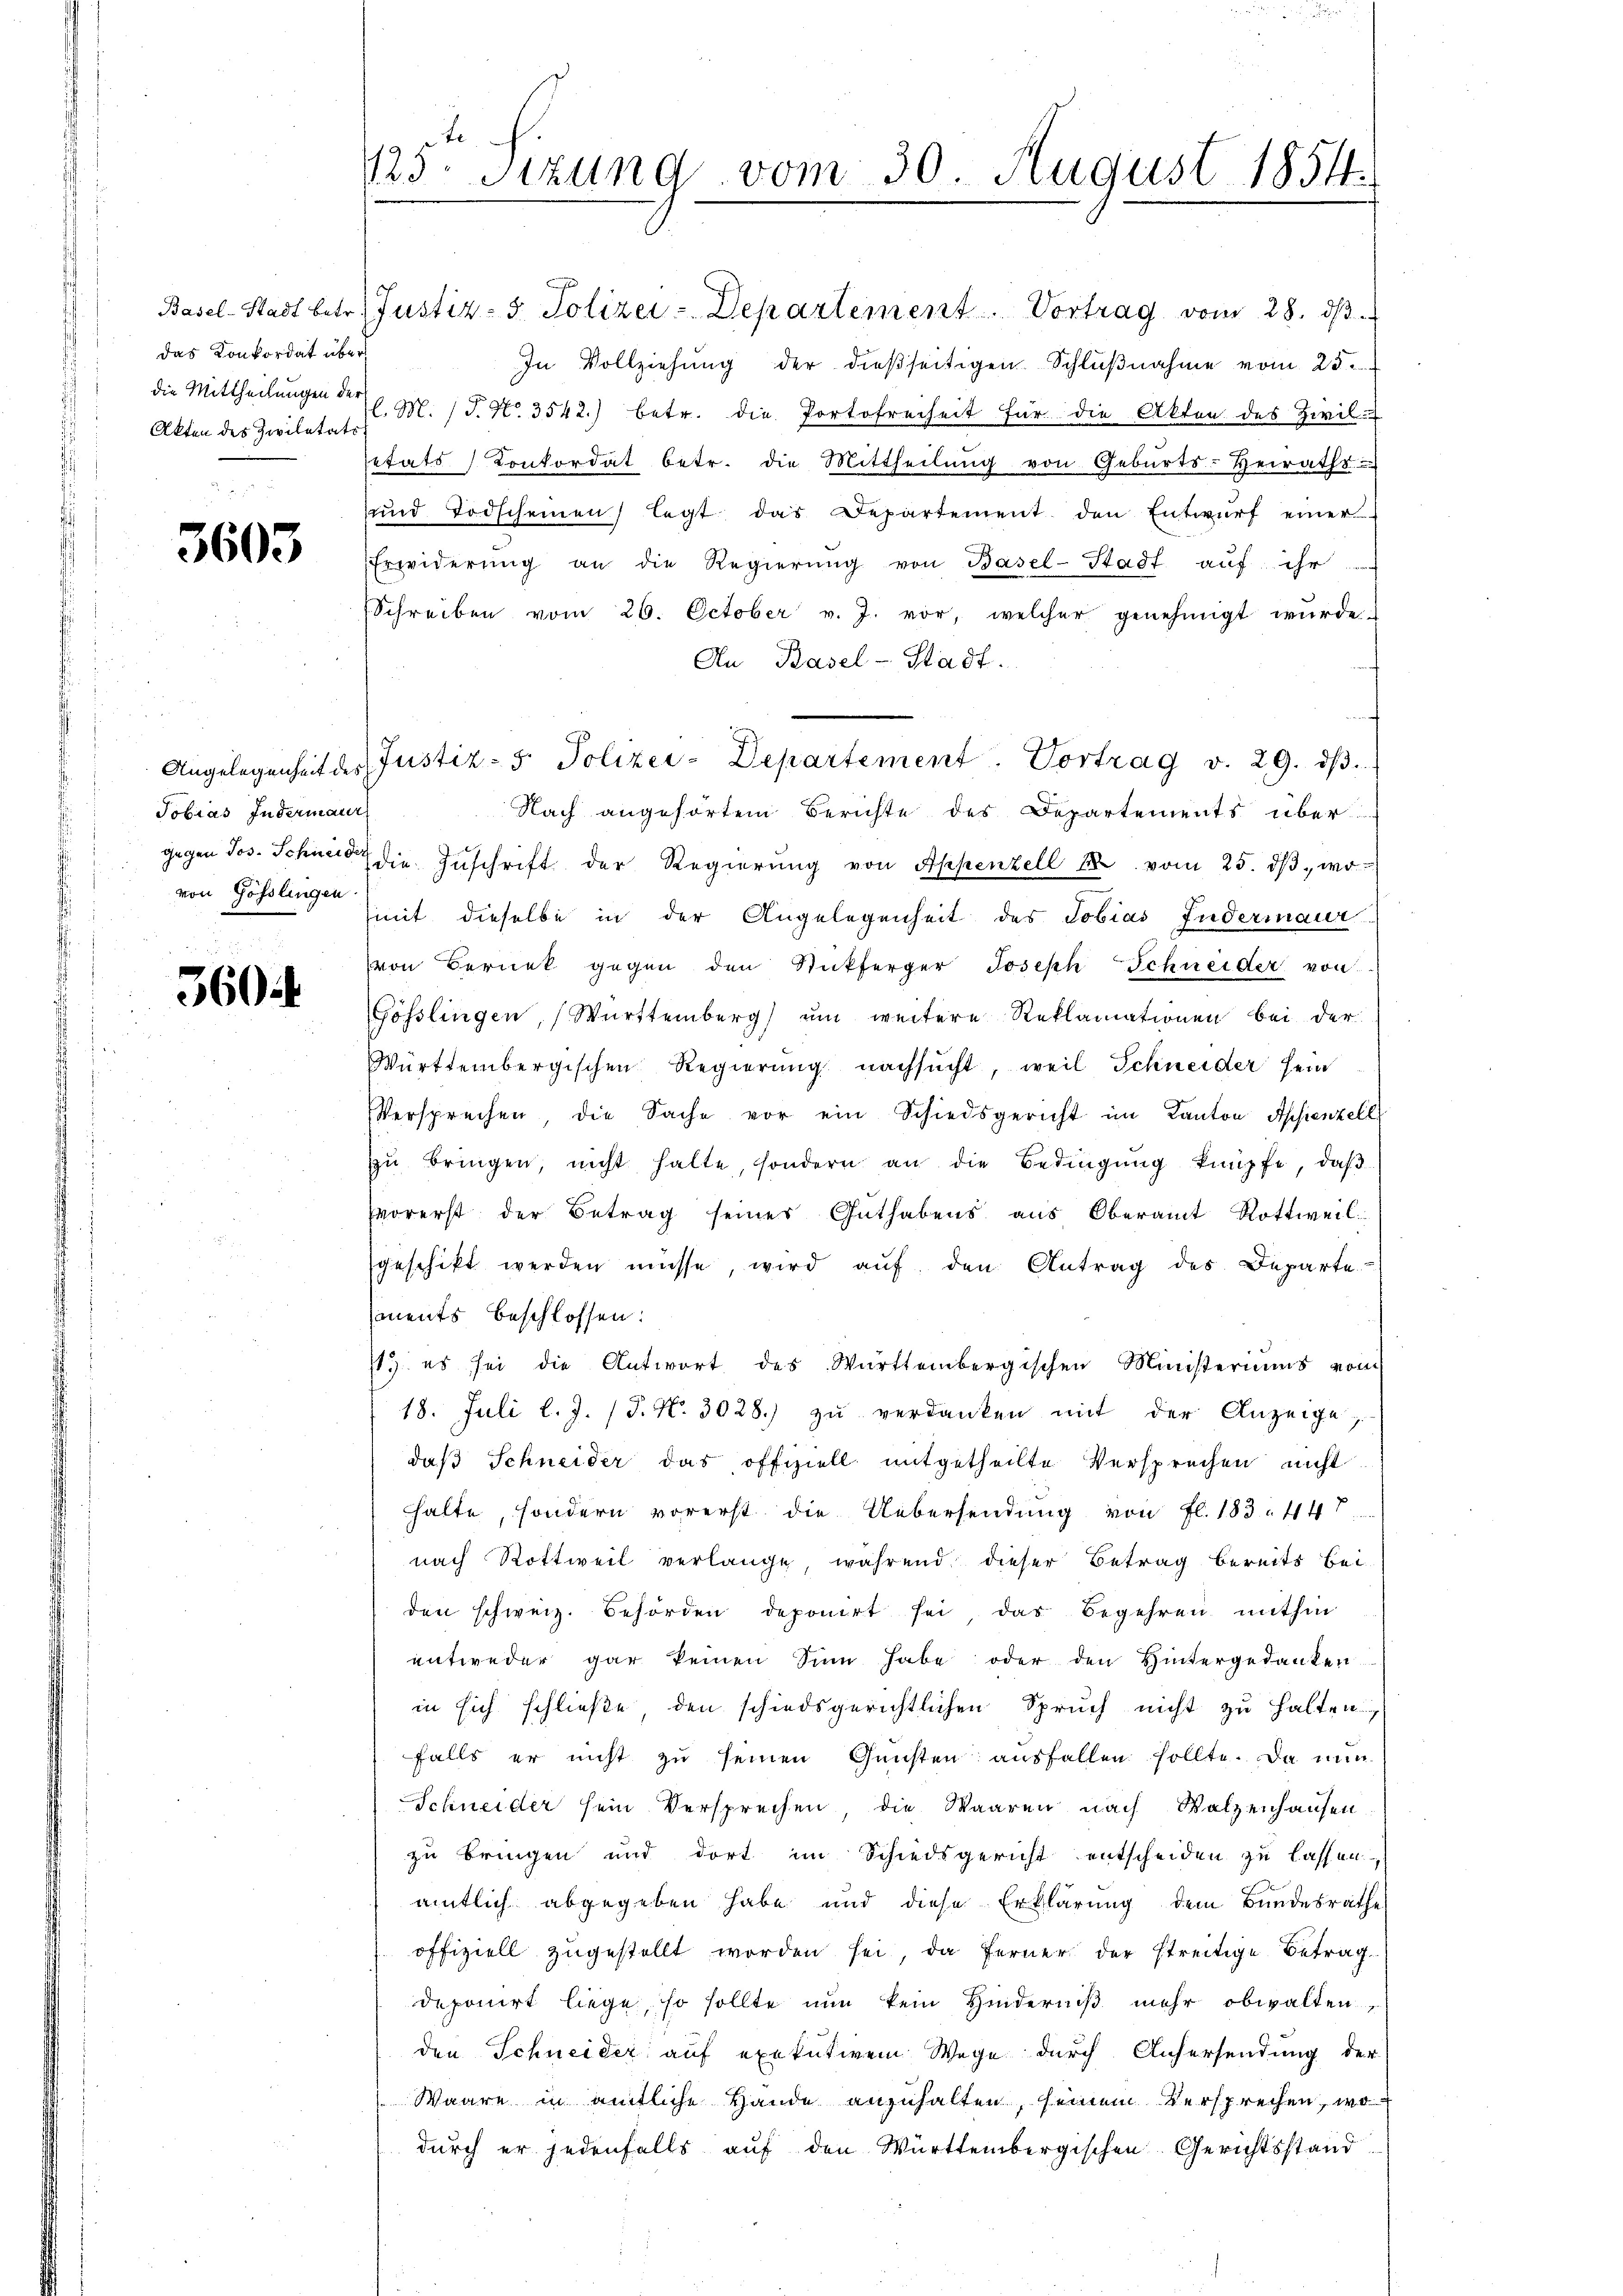
das Konkordat über
Akten des Zivilitäts

3603

Tobias Indermaur
von Gösslingen

3604

125. Sizung vom 30. August 1854.

Basel-Stadt betr. Justiz- & Polizei-Departement. Vortrag vom 28. dβ.
In Vollziehŭng der dießseitigen Schlŭβnahme vom 25.
die Mittheilungen der M. P. Nr. 3542) betr. die Portofreiheit für die Akten des Zivil-
setats Konkordat betr. die Mittheilŭng von Gebŭrts-Heiraths-
und Todscheinen legt das Departement den Entwurf einer
Erwiderŭng an die Regierŭng von Basel-Stadt auf ihr
Schreiben vom 26. October v. J. vor, welcher genehmigt wurde.
An Basel-Stadt.
Nach angehörten Berichte des Departements über
gegen Jos. Schneid die Zuschrift der Regierŭng von Appenzell 2 vom 25. dβ. wo
himit dieselbe in der Angelegenheit des Tobias Fudermaur
von Bernet gegen den Stickferger Joseph Schneider von
Gösslingen, Württemberg) um weitere Reklamationen bei der
Württembergischen Regierŭng nachsucht, weil Schneider sein
Versprechen, die Sache vor ein Schiedsgericht im Kanton Appenzell
zŭ bringen, nicht halte, sondern an die Bedingŭng knüpfe, daβ
vorerst der Betrag seines Guthabens aus Oberamt Rottweil:
geschikt werden müsse, wird aŭf den Antrag des Departe
ments beschlossen:
/19. es sei die Antwort des Württembergischen Ministeriums vom
18. Juli l. J. (T. No. 3028.) zu verdanken mit der Anzeige,
daß Schneider das offiziell mitgetheilte Versprechen nicht
halte, sondern vorerst die Uebersendung von fl. 183. 447
nach Rottweil verlange, während dieser Betrag bereits bei
den schweiz. Behörden deponirt sei, das Begehren mithin
entweder gar keinen Sinn habe oder den Hintergedanken
in sich schließe den schiedsgerichtlichen Spruch nicht zu halten
falls er nicht zu seinen Gunsten ausfallen sollte. Da nun
Schneider sein Versprechen, die Waaren nach Walzenhausen
zu bringen und dort im Schiedsgericht entscheiden zu lassen,
amtlich abgegeben habe und diese Erklärung dem Bundesrathe
offiziell zugestellt worden sei, da ferner der streitige Betrag
deponirt liege, so sollte nun kein Hinderniß mehr obwalten,
den Schneider auf exekutivem Wege durch Anhersendung der
Waare in amtliche Hande anzuhalten, seinem Versprechen, wodurch er jedenfalls auf den Württembergischen Gerichtsstand

Angelegenheit des Justiz- & Polizei-Departement. Vortrag v. 29. dβ.